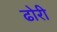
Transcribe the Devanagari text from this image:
ढोरी